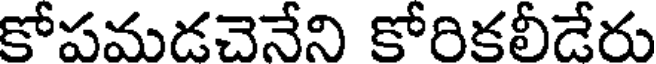
కోపమడచెనేని కోరికలీడేరు